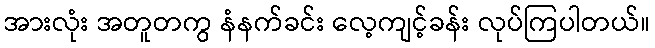
အားလုံး အတူတကွ နံနက်ခင်း လေ့ကျင့်ခန်း လုပ်ကြပါတယ်။